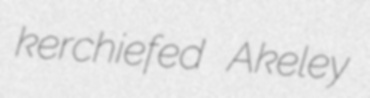
kerchiefed Akeley